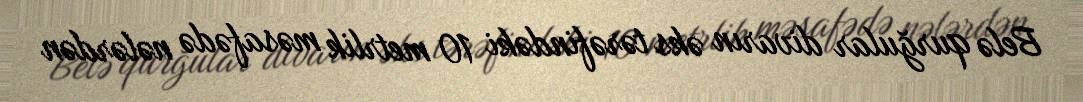
Belə qurğular divarın əks tərəfindəki 10 metrlik məsafədə nələrdən